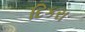
દિકરા